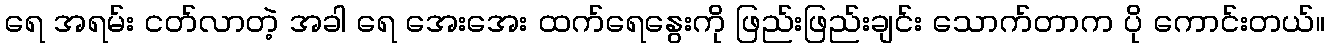
ရေ အရမ်း ငတ်လာတဲ့ အခါ ရေ အေးအေး ထက်ရေနွေးကို ဖြည်းဖြည်းချင်း သောက်တာက ပို ကောင်းတယ်။